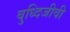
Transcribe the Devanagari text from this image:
बुध्दिजीवी